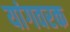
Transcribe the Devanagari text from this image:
यांगवरक